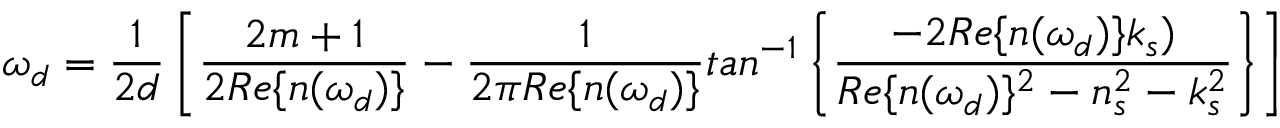
\omega _ { d } = \frac { 1 } { 2 d } \left[ \frac { 2 m + 1 } { 2 R e \{ n ( \omega _ { d } ) \} } - \frac { 1 } { 2 \pi R e \{ n ( \omega _ { d } ) \} } t a n ^ { - 1 } \left\{ \frac { - 2 R e \{ n ( \omega _ { d } ) \} k _ { s } ) } { R e \{ n ( \omega _ { d } ) \} ^ { 2 } - n _ { s } ^ { 2 } - k _ { s } ^ { 2 } } \right\} \right]